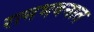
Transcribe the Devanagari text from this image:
रत्‍नभवनात